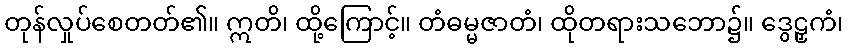
တုန်လှုပ်စေတတ်၏။ ဣတိ၊ ထို့ကြောင့်။ တံဓမ္မဇာတံ၊ ထိုတရားသဘော၌။ ဒွေဠှကံ၊